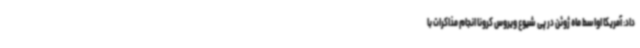
داد: آمریکا اواسط ماه ژوئن در پی شیوع ویروس کرونا انجام مذاکرات با